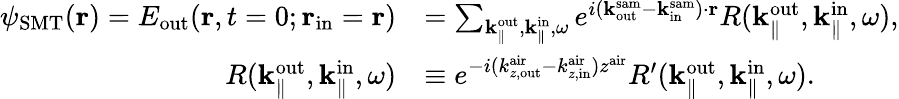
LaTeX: \begin{array}{rl}{\psi_{\mathrm{SMT}}({\mathbf r})=E_{\mathrm{out}}({\mathbf r},t=0;{\mathbf r}_{\mathrm{in}}={\mathbf r})}&{=\sum_{{\mathbf k}_{\parallel}^{\mathrm{out}},{\mathbf k}_{\parallel}^{\mathrm{in}},\omega}e^{i({\mathbf k}_{\mathrm{out}}^{\mathrm{sam}}-{\mathbf k}_{\mathrm{in}}^{\mathrm{sam}})\cdot{\mathbf r}}R({\mathbf k}_{\parallel}^{\mathrm{out}},{\mathbf k}_{\parallel}^{\mathrm{in}},\omega),}\\ {R({\mathbf k}_{\parallel}^{\mathrm{out}},{\mathbf k}_{\parallel}^{\mathrm{in}},\omega)}&{\equiv e^{-i(k_{z,\mathrm{out}}^{\mathrm{air}}-k_{z,\mathrm{in}}^{\mathrm{air}})z^{\mathrm{air}}}R^{\prime}({\mathbf k}_{\parallel}^{\mathrm{out}},{\mathbf k}_{\parallel}^{\mathrm{in}},\omega).}\end{array}